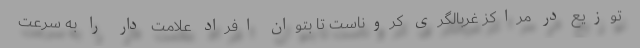
توزیع در مراکز غربالگری کروناست تا بتوان افراد علامت دار را به سرعت